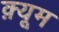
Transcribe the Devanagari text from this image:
क़्यूम